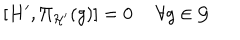
LaTeX: [ H ^ { \prime } , \Pi _ { \cal H ^ { \prime } } ( g ) ] = 0 \ \forall g \in { \cal G }